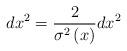
LaTeX: \begin{align*}dx^{2}=\frac{2}{\sigma ^{2}\left( x\right) }dx^{2} \end{align*}